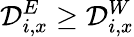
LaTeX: \mathcal{D}_{i,x}^{E}\geq\mathcal{D}_{i,x}^{W}